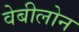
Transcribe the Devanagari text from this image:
वेबीलोन